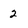
Character: 2